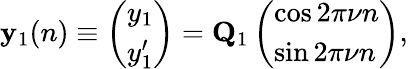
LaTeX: \begin{array}{r}{{\mathbf y}_{1}(n)\equiv\left(\begin{array}{l}{y_{1}}\\ {y_{1}^{\prime}}\end{array}\right)={\mathbf Q}_{1}\left(\begin{array}{l}{\cos 2\pi\nu n}\\ {\sin 2\pi\nu n}\end{array}\right),}\end{array}